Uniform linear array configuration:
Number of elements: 12
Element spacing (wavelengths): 0.75
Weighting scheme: cosine
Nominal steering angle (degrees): -45
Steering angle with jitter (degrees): -43.676
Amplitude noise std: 0.05
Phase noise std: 0.05

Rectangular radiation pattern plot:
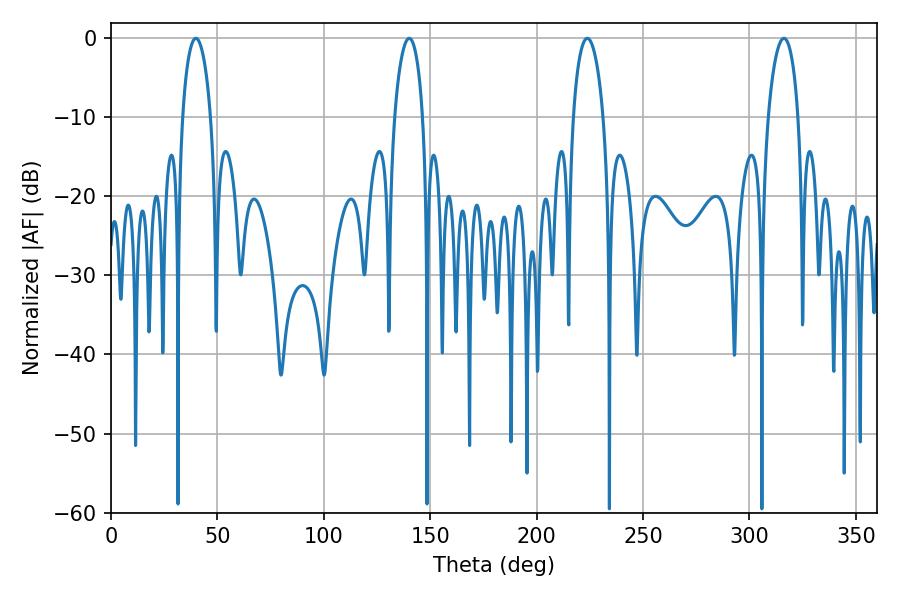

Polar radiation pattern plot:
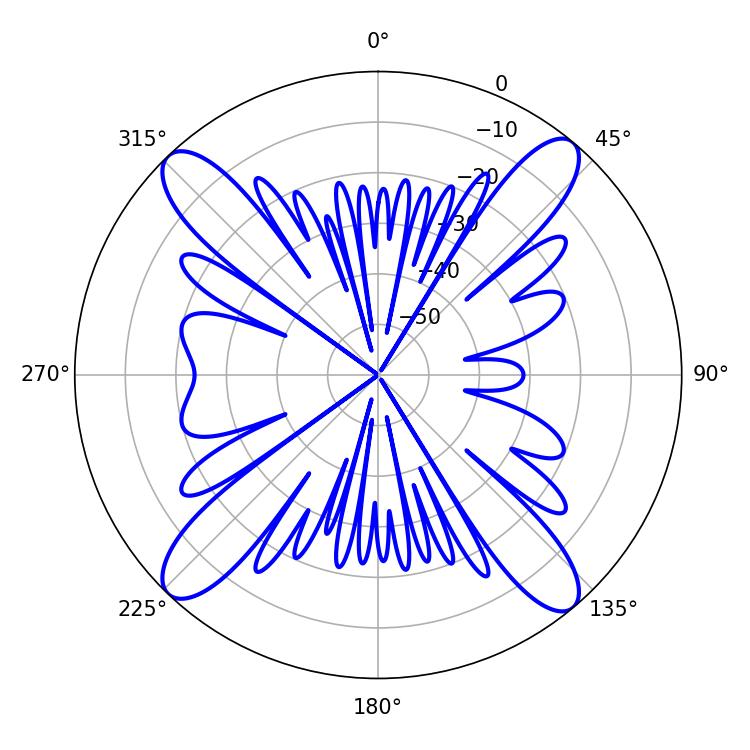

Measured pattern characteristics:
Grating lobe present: TRUE
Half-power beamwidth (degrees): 8.1
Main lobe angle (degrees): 223.74